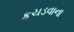
કચડવાના